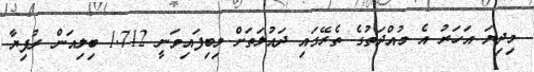
މިދިޔަ އަހަރު އެ މުއްދަތުގެ ތެރޭގައި ދައުލަތަށް ލިބިފައިވަނީ 1.712 ބިލިއަން ރުފިޔާ